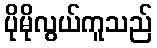
ပိုမိုလွယ်ကူသည်